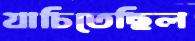
যাচিতেছিল